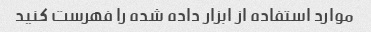
موارد استفاده از ابزار داده شده را فهرست کنید